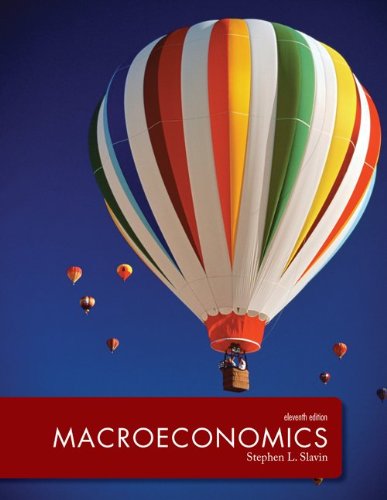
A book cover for Macroeconomics (McGraw-Hill Series Economics); Stephen Slavin; Business & Money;